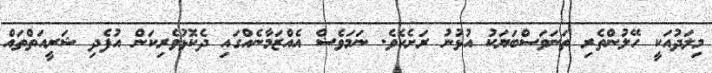
މިލަދުއަކީ ހޭލުންތެރި ތަނަވަސްބަޔަކު އުޅުނު ރަށެކެވެ. ނަމަވެސް އެއްޒަމާނެއްގައި ދެކޮޅުވެރިކަން އުފެދި ޝަރީއަތްތައް